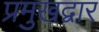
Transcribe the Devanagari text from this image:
प्रमुखद्वार